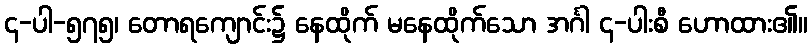
၄-ပါ-၅၇၅၊ တောရကျောင်း၌ နေထိုက် မနေထိုက်သော အင်္ဂါ ၄-ပါးစီ ဟောထား၏။